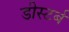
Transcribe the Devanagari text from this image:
डीस्टर्ब